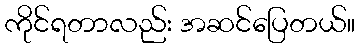
ကိုင်ရတာလည်း အဆင်ပြေတယ်။